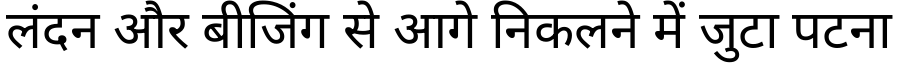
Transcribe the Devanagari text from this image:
लंदन और बीजिंग से आगे निकलने में जुटा पटना